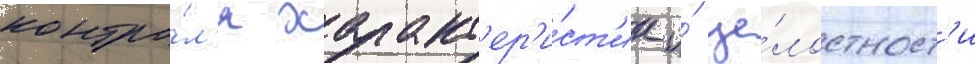
контро́л'я характ'ер'и́ст'ик и́ це́лостност'и